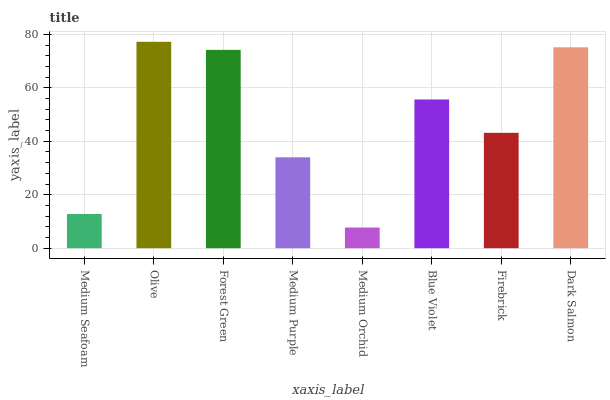
| xaxis_label | bars |
 | --- | --- |
 | Medium Seafoam | 12.8 |
 | Olive | 77.2 |
 | Forest Green | 74.2 |
 | Medium Purple | 34 |
 | Medium Orchid | 7.73 |
 | Blue Violet | 55.6 |
 | Firebrick | 43.2 |
 | Dark Salmon | 75.2 |